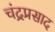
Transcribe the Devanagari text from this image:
चंद्रप्रसाद